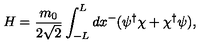
H = \frac { m _ { 0 } } { 2 \sqrt { 2 } } \int _ { - L } ^ { L } d x ^ { - } ( \psi ^ { \dagger } \chi + \chi ^ { \dagger } \psi ) ,